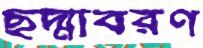
ছদ্মাবরণ